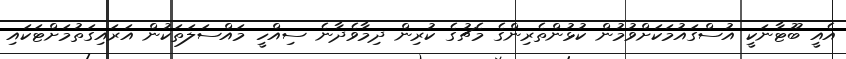
އެއީ ބޫޓާނަކީ އުސްގައުމަކަށްވުމުން ކުޅުންތެރިންގެ މެޗުގެ ކުރިން ދިމާވެދާނެ ސިއްހީ މައްސަލަތަކުން އަރައިގަތުމަށްޓަކައި